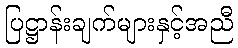
ပြဋ္ဌာန်းချက်များနှင့်အညီ